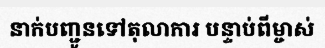
នាក់បញ្ជូនទៅតុលាការ បន្ទាប់ពីម្ចាស់